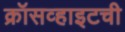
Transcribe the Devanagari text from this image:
क्रॉसव्हाइटची